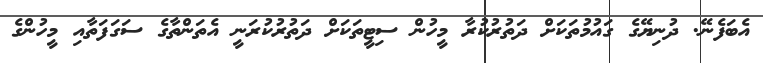
އެބަފެނޭ. ދުނިޔޭގެ ގައުމުތަކަށް ދަތުރުކުރާ މީހުން ސިޓީތަކަށް ދަތުރުކުރަނީ އެތަންތާގެ ސަގަފަތާއި މީހުންގެ